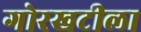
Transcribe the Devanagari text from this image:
गोरखटीला